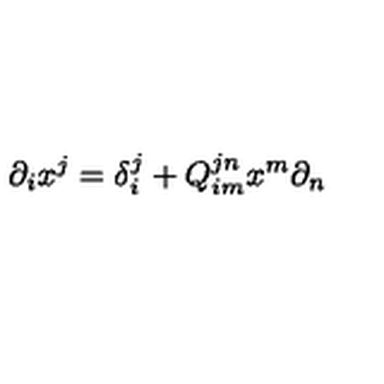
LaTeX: \partial _ { i } x ^ { j } = \delta _ { i } ^ { j } + Q _ { i m } ^ { j n } x ^ { m } \partial _ { n }